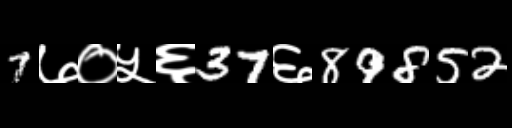
Text: 7७०५६37६89852